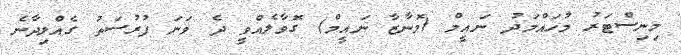
މިނިސްޓަރު މުހައްމަދު ނައީމް (މޮނާޒާ ނައީމް) ގޮވާލެއްވީ ދެ ވަނަ ފުރުސަތު ގެއްލިދާނެ